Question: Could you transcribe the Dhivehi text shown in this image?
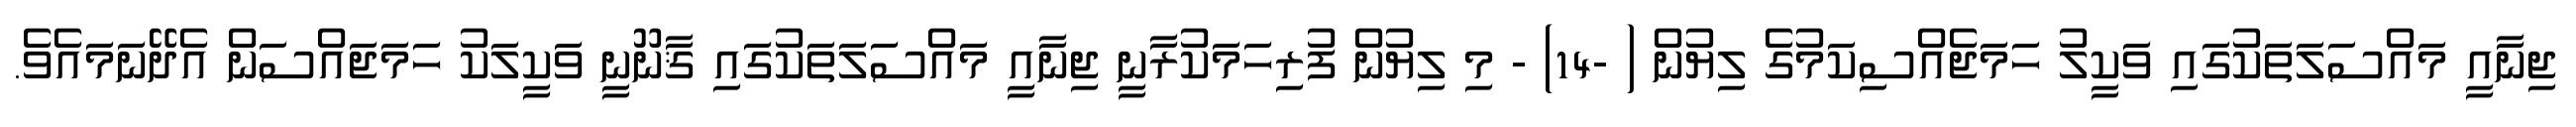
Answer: ޖިނާއީ މައްސަލަތަކުގައި ވަކީލު ހަމަޖެއްސިކަމުގެ ލިޔުން ( -14) - މި ލިޔުން ފުރިހަމަކުރާނީ ޖިނާއީ މައްސަލަތަކުގައި ޤާނޫނީ ވަކީލަކު ހަމަޖައްސަން އެދޭނަމައެވެ.